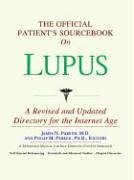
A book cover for The Official Patient's Sourcebook on Lupus: A Revised and Updated Directory for the Internet Age; Icon Health Publications; Health, Fitness & Dieting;